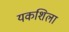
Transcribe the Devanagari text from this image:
यकशिला